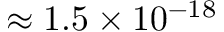
\approx 1 . 5 \times 1 0 ^ { - 1 8 }